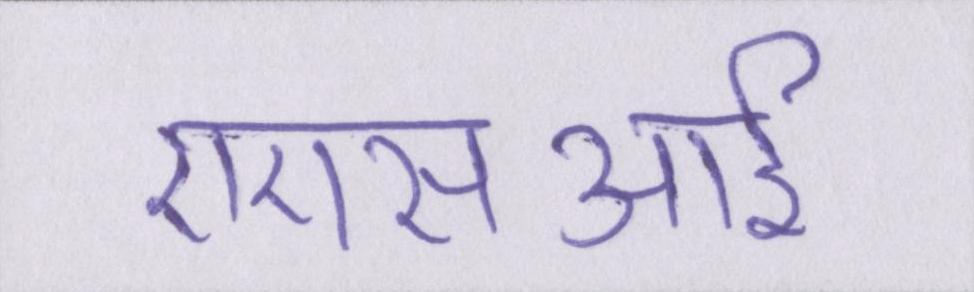
एएसआई